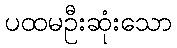
ပထမဦးဆုံးသော